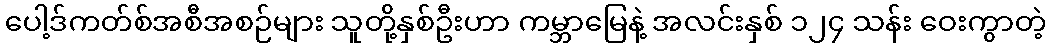
ပေါ့ဒ်ကတ်စ်အစီအစဉ်များ သူတို့နှစ်ဦးဟာ ကမ္ဘာမြေနဲ့ အလင်းနှစ် ၁၂၄ သန်း ဝေးကွာတဲ့